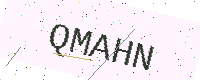
Text: QMAHN